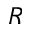
R